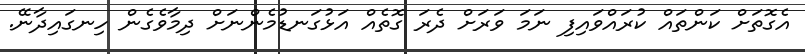
އެގޮތަށް ކަންތައް ކުރައްވައިފި ނަމަ ވަރަށް ދެރަ ގޮތެއް އަޅުގަނޑުމެންނަށް ދިމާވެގެން ހިނގައިދާނޭ.